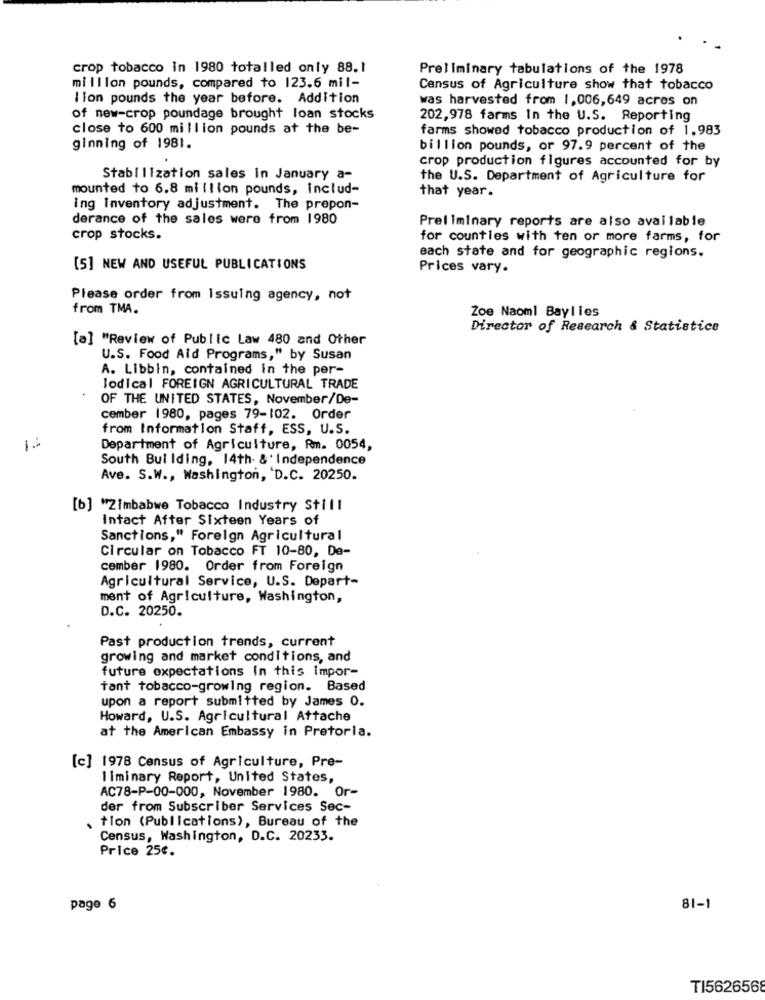
crop tobacco In 1980 totalled only 88.1
Preliminary tabulations of the 1978
million pounds, compared to 123.6 mil-
Census of Agriculture show that tobacco
lion pounds the year before. Addition
was harvested from 1,006,649 acres on
of new-crop poundage brought loan stocks
202,978 farms In the U.S. Reporting
close to 600 million pounds at the be-
farms showed tobacco production of 1,983
ginning of 1981.
billion pounds, or 97.9 percent of the
crop production figures accounted for by
Stabilization sales in January a-
the U.S. Department of Agriculture for
mounted to 6.8 million pounds, includ-
that year.
ing Inventory adjustment. The prepon-
derance of the sales were from 1980
Preliminary reports are also available
crop stocks.
for counties with ten or more farms, for
each state and for geographic regions.
[5] NEW AND USEFUL PUBLICATIONS
Prices vary.
Please order from Issuing agency, not
from TMA.
Zoe Naoml Baylies
Director of Research & Statistice
[a] "Review of Public Law 480 and Other
U.S. Food Aid Programs," by Susan
A. Libbin, contained in the per-
lodical FOREIGN AGRICULTURAL TRADE
OF THE UNITED STATES, November/De-
cember 1980, pages 79-102. Order
from Information Staff, ESS, U.S.
1.
Department of Agriculture, Rm. 0054,
South Bul Iding, 14th &' Independence
Ave. S.W ., Washington, D.C. 20250.
[b] "Zimbabwe Tobacco Industry Still
Intact After Sixteen Years of
Sanctions," Foreign Agricultural
Circular on Tobacco FT 10-80, De-
cember 1980. Order from Foreign
Agricultural Service, U.S. Depart-
ment of Agriculture, Washington,
D.C. 20250.
Past production trends, current
growing and market conditions, and
future expectations in this Impor-
tant tobacco-growing region. Based
upon a report submitted by James 0.
Howard, U.S. Agricultural Attache
at the American Embassy in Pretoria.
[c] 1978 Census of Agriculture, Pre-
liminary Report, United States,
AC78-P-00-000, November 1980. Or-
der from Subscriber Services Sec-
tion (Publications), Bureau of the
Census, Washington, D.C. 20233.
Price 25¢.
page 6
81-1
TI5626568